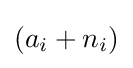
(a_{i}+n_{i})